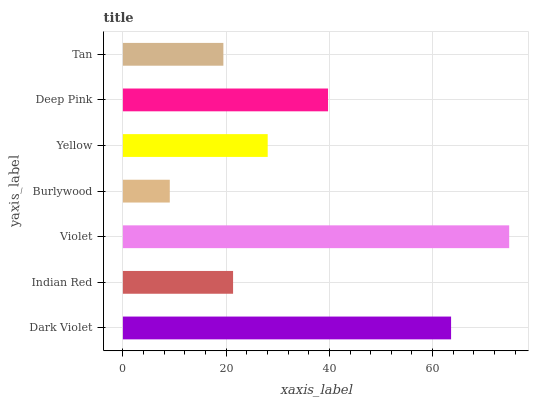
| yaxis_label | bars |
 | --- | --- |
 | Dark Violet | 63.6 |
 | Indian Red | 21.3 |
 | Violet | 74.8 |
 | Burlywood | 9.08 |
 | Yellow | 28.1 |
 | Deep Pink | 39.7 |
 | Tan | 19.5 |